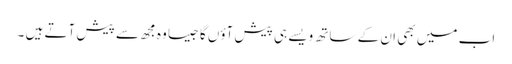
اب میں بھی ان کے ساتھ ویسے ہی پیش آؤں گا جیسا وہ مجھ سے پیش آتے ہیں ۔